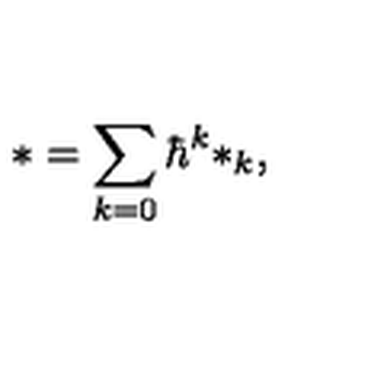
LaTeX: * = \sum _ { k = 0 } \hbar ^ { k } * _ { k } ,